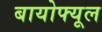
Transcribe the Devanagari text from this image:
बायोफ्यूल